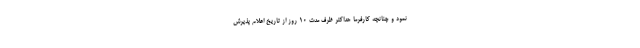
نمود و چنانچه کارفرما حداکثر ظرف مدت ۱۰ روز از تاریخ اعلام پذیرش